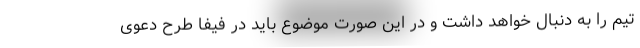
تیم را به دنبال خواهد داشت و در این صورت موضوع باید در فیفا طرح دعوی